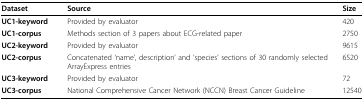
<table><thead><tr><td><b>Dataset</b></td><td><b>Source</b></td><td><b>Size</b></td></tr></thead><tbody><tr><td><b>UC1-keyword</b></td><td>Provided by evaluator</td><td>420</td></tr><tr><td><b>UC1-corpus</b></td><td>Methods section of 3 papers about ECG-related paper</td><td>2750</td></tr><tr><td><b>UC2-keyword</b></td><td>Provided by evaluator</td><td>9615</td></tr><tr><td><b>UC2-corpus</b></td><td>Concatenated ‘name’, description’ and ‘species’ sections of 30 randomly selected ArrayExpress entries</td><td>6520</td></tr><tr><td><b>UC3-keyword</b></td><td>Provided by evaluator</td><td>72</td></tr><tr><td><b>UC3-corpus</b></td><td>National Comprehensive Cancer Network (NCCN) Breast Cancer Guideline</td><td>12540</td></tr></tbody></table>